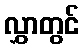
လွှာတွင်